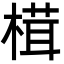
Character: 榵